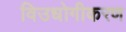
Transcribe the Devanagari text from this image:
विउधोगीकरण